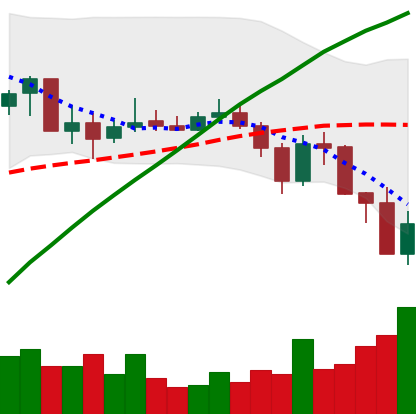
Ticker: BNB-USD
Chart end date: 2019-07-17
Forward return: 12.546%
Label: up_7plus